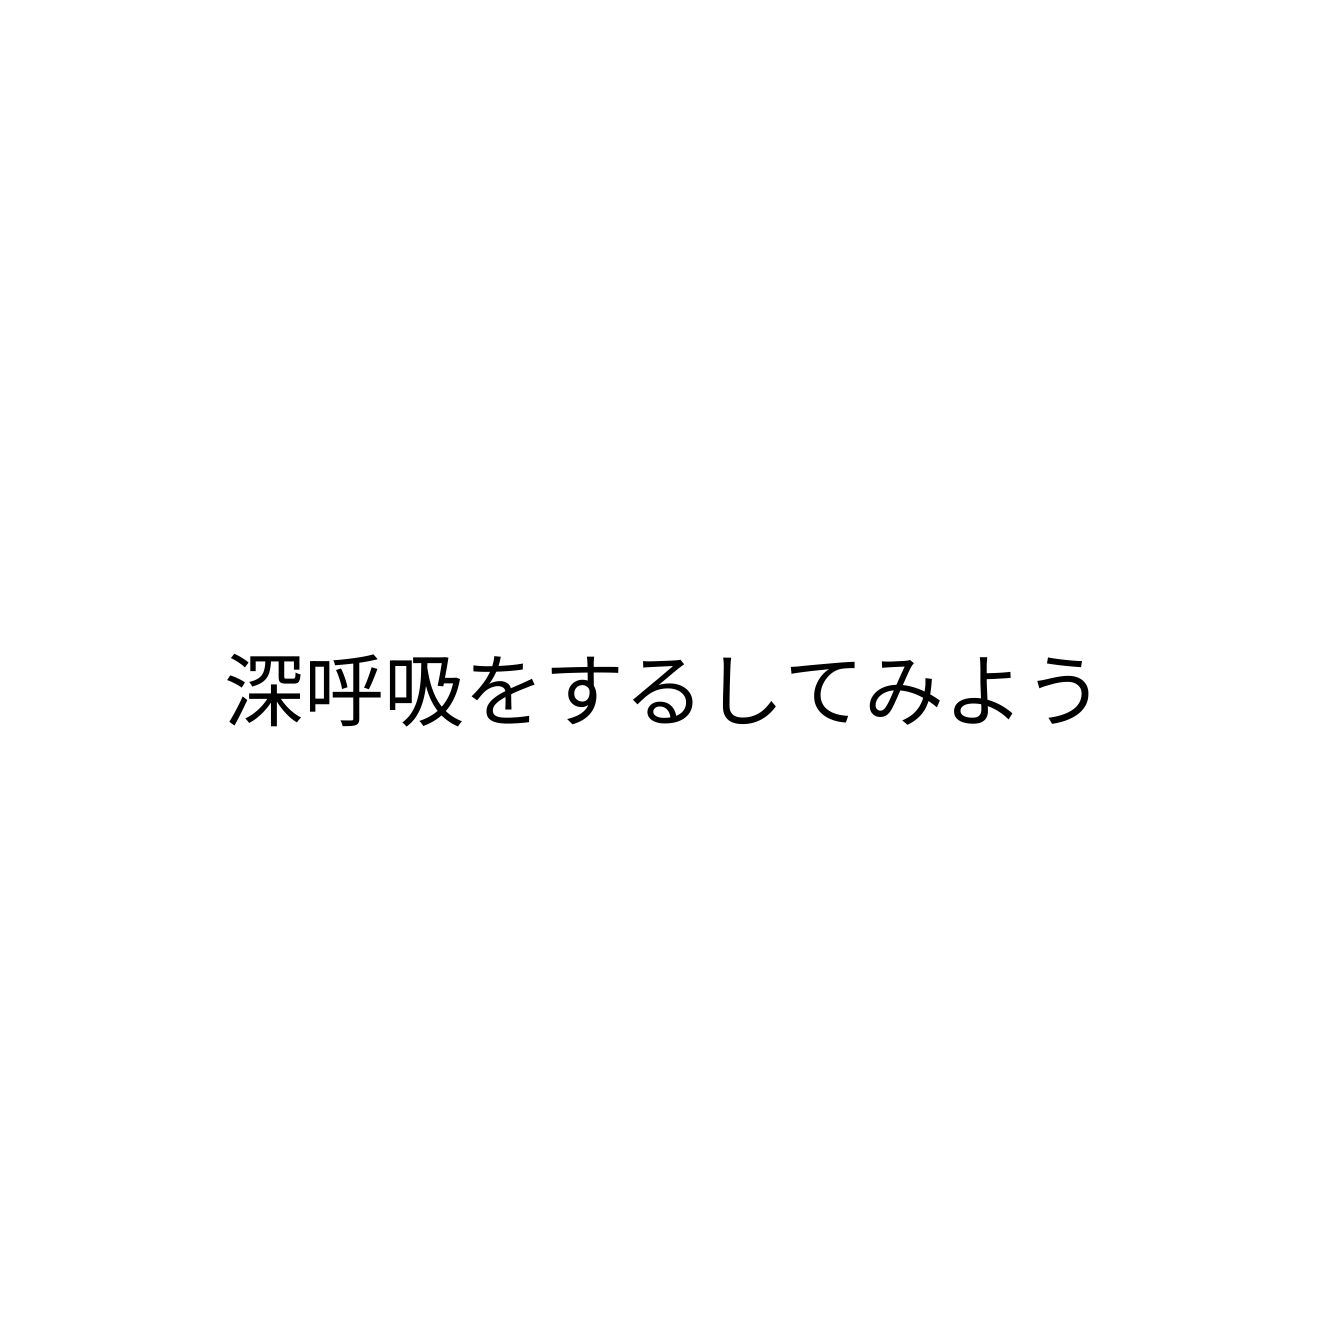
深呼吸をするしてみよう